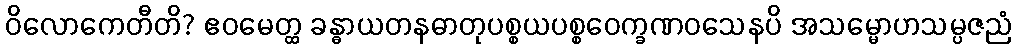
ဝိလောကေတီတိ? ဧဝမေတ္ထ ခန္ဓာယတနဓာတုပစ္စယပစ္စဝေက္ခဏဝသေနပိ အသမ္မောဟသမ္ပဇညံ